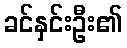
ခင်နှင်းဦး၏